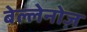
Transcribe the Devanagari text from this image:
बेल्लेनोज़